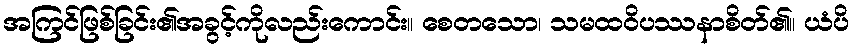
အကြင်ဖြစ်ခြင်း၏အခွင့်ကိုလည်းကောင်း။ စေတသော၊ သမထဝိပဿနာစိတ်၏။ ယံပိ